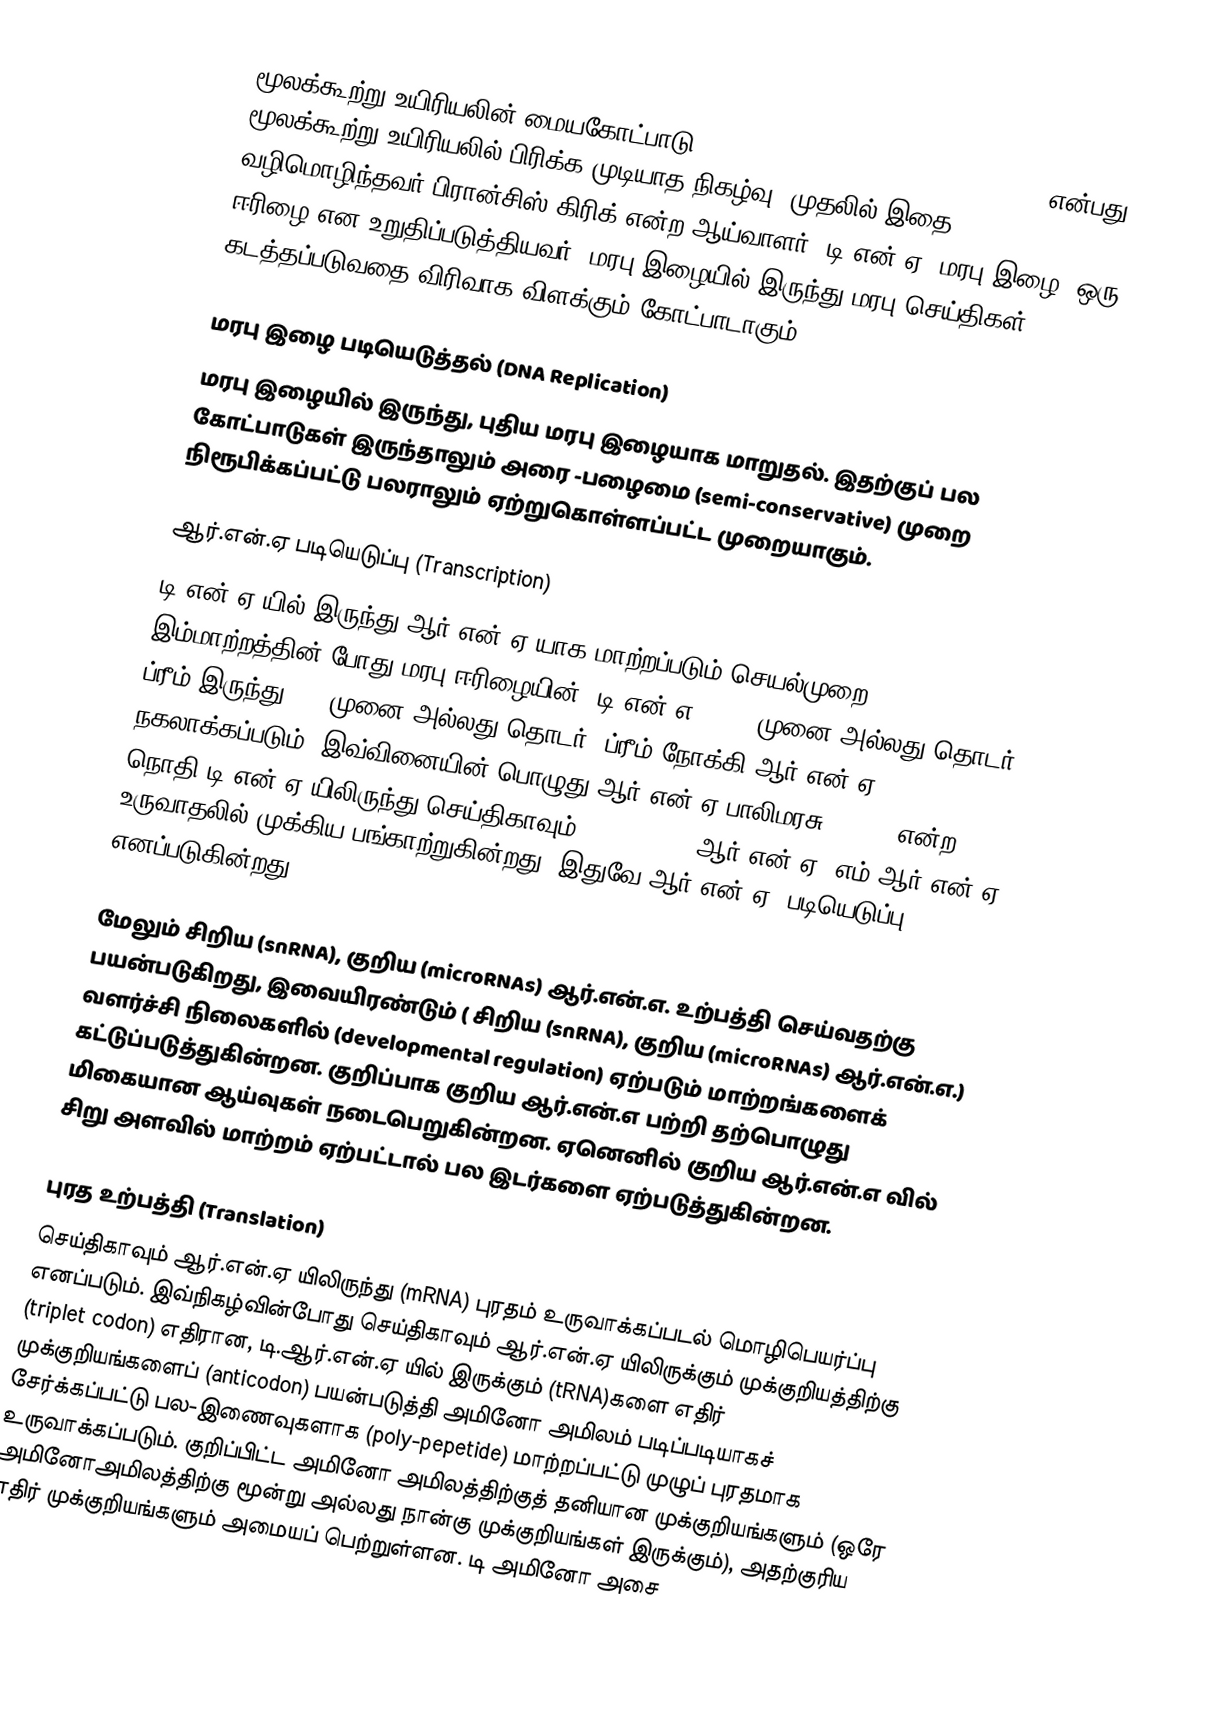
மூலக்கூற்று உயிரியலின் மையகோட்பாடு (Central dogma of molecular biology) என்பது மூலக்கூற்று உயிரியலில் பிரிக்க முடியாத நிகழ்வு. முதலில் இதை வழிமொழிந்தவர் பிரான்சிஸ் கிரிக் என்ற ஆய்வாளர், டி.என்.ஏ (மரபு இழை) ஒரு ஈரிழை என உறுதிப்படுத்தியவர். மரபு இழையில் இருந்து மரபு செய்திகள் கடத்தப்படுவதை விரிவாக விளக்கும் கோட்பாடாகும்.

மரபு இழை படியெடுத்தல் (DNA Replication)
மரபு இழையில் இருந்து, புதிய மரபு இழையாக மாறுதல். இதற்குப் பல கோட்பாடுகள் இருந்தாலும் அரை -பழைமை (semi-conservative) முறை நிரூபிக்கப்பட்டு பலராலும் ஏற்றுகொள்ளப்பட்ட முறையாகும்.

ஆர்.என்.ஏ படியெடுப்பு (Transcription)
டி.என்.ஏ யில் இருந்து ஆர்.என்.ஏ யாக மாற்றப்படும் செயல்முறை. இம்மாற்றத்தின் போது மரபு ஈரிழையின் (டி.என்.எ ) 5' (முனை அல்லது தொடர்) ப்ரீம் இருந்து 3' (முனை அல்லது தொடர்) ப்ரீம் நோக்கி ஆர்.என்.ஏ நகலாக்கப்படும். இவ்வினையின் பொழுது ஆர்.என்.ஏ பாலிமரசு ௨ (II) என்ற நொதி டி.என்.ஏ யிலிருந்து செய்திகாவும் (messenger) ஆர்.என்.ஏ (எம்.ஆர்.என்.ஏ) உருவாதலில் முக்கிய பங்காற்றுகின்றது. இதுவே ஆர்.என்.ஏ. படியெடுப்பு எனப்படுகின்றது.

மேலும் சிறிய (snRNA), குறிய (microRNAs) ஆர்.என்.எ. உற்பத்தி செய்வதற்கு பயன்படுகிறது, இவையிரண்டும் ( சிறிய (snRNA), குறிய (microRNAs) ஆர்.என்.எ.) வளர்ச்சி நிலைகளில் (developmental regulation) ஏற்படும் மாற்றங்களைக் கட்டுப்படுத்துகின்றன. குறிப்பாக குறிய ஆர்.என்.எ பற்றி தற்பொழுது மிகையான ஆய்வுகள் நடைபெறுகின்றன. ஏனெனில் குறிய ஆர்.என்.எ வில் சிறு அளவில் மாற்றம் ஏற்பட்டால் பல இடர்களை ஏற்படுத்துகின்றன.

புரத உற்பத்தி (Translation)
செய்திகாவும் ஆர்.என்.ஏ யிலிருந்து (mRNA) புரதம் உருவாக்கப்படல் மொழிபெயர்ப்பு எனப்படும். இவ்நிகழ்வின்போது செய்திகாவும் ஆர்.என்.ஏ யிலிருக்கும் முக்குறியத்திற்கு (triplet codon) எதிரான, டி.ஆர்.என்.ஏ யில் இருக்கும் (tRNA)களை எதிர் முக்குறியங்களைப் (anticodon) பயன்படுத்தி அமினோ அமிலம் படிப்படியாகச் சேர்க்கப்பட்டு பல-இணைவுகளாக (poly-pepetide) மாற்றப்பட்டு முழுப் புரதமாக உருவாக்கப்படும். குறிப்பிட்ட அமினோ அமிலத்திற்குத் தனியான முக்குறியங்களும் (ஒரே அமினோஅமிலத்திற்கு மூன்று அல்லது நான்கு முக்குறியங்கள் இருக்கும்), அதற்குரிய எதிர் முக்குறியங்களும் அமையப் பெற்றுள்ளன. டி அமினோ அசை